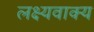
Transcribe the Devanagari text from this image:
लक्ष्यवाक्य